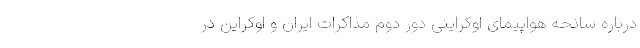
درباره سانحه هواپیمای اوکراینی دور دوم مذاکرات ایران و اوکراین در